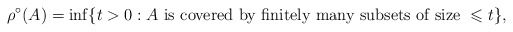
\begin{align*}\rho^{\circ}(A) = \inf\{ t > 0: A \mbox{ is covered by finitely many subsets of size } \leqslant t \}, \end{align*}